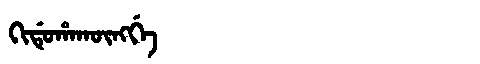
Manchu: ᡴᡳᡩᡠᡥᠠᡴᡡᠩᡤᡝ
Romanization: KIDUHAKŪNGGE